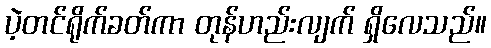
ပဲ့တင်ရိုက်ခတ်ကာ တုန်ဟည်းလျက် ရှိလေသည်။